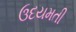
ઉદયમતી